Report of the Indian Hemp Drugs Commission, 1894-1895 - Volume VI
Year: 1894
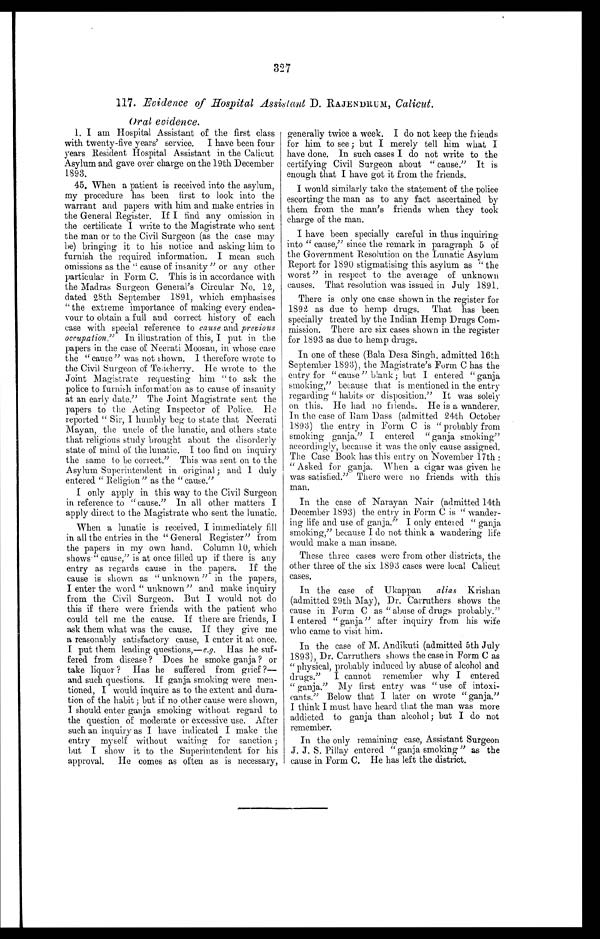
327
117. Evidence of Hospital Assistant D. RAJENDRUM, Calicut.
Oral evidence.
1. I am Hospital Assistant of the first class
with twenty-five years' service. I have been four
years Resident Hospital Assistant in the Calicut
Asylum and gave over charge on the 19th December
1893.
45. When a patient is received into the asylum,
my procedure has been first to look into the
warrant and. papers with him and. make entries in
the General Register. If I find any omission in
the certificate I write to the Magistrate who sent
the man or to the Civil Surgeon (as the case may
be) bringing it to his notice and asking him to
furnish the required information. I mean such
omissions as the "cause of insanity" or any other
particular in Form C. This is in accordance with
the Madras Surgeon General's Circular No. 12,
dated. 28th September 1891, which emphasises
" the extreme importance of making every endea-
vour to obtain a full and correct history of each
case with special reference to cause and previous
occupation." In illustration of this, I put in the
papers in the case of Neerati Moosan, in whose case
the "cause" was not shown. I therefore wrote to
the Civil Surgeon of Tedcherry. He wrote to the
Joint Magistrate requesting him "to ask the
police to furnish information as to cause of insanity
at an early date."The Joint Magistrate sent the
papers to the Acting Inspector of Police. He
reported. "Sir, I humbly beg to state that Neerati
Mayan, the uncle of the lunatic, and others state
that religious study brought about the disorderly
state of mind of the lunatic. I too find on inquiry
the same to be correct." This was sent on to the
Asylum Superintendent in original ; and 1 duly
entered "Religion" as the "cause."
I only apply in this way to the Civil Surgeon
in reference to "cause." In all other matters I
apply direct to the Magistrate who sent the lunatic.
When a lunatic is received, I immediately fill
in all the entries in the "General Register" from
the papers in my own hand. Column 10, which
shows "cause," is at once filled up if there is any
entry as regards cause in the papers. If the
cause is shown as "unknown" in the papers,
I enter the word "unknown" and make inquiry
from the Civil Surgeon. But I would not do
this if there were friends with the patient who
could tell me the cause. If there are friends, I
ask them what was the cause. If they give me
a reasonably satisfactory cause, I enter it at once.
I put them leading questions,— e.g. Has he suf-
fered. from disease? Does he smoke ganja? or
take liquor? Has he suffered from grief ?—-
and such questions. If ganja smoking were men-
tioned, I would inquire as to the extent and dura
-tion of the habit; but if no other cause were shown,
I should enter ganja smoking without regard to
the question of moderate or excessive use. After
such an inquiry as I have indicated I make the
entry myself without waiting for sanction;
but I show it to the Superintendent for his
approval,
He comes as often as is necessary,
generally twice a week. I do not keep the friends
for him to see; but I merely tell him what
have done. In such cases I do not write to the
certifying Civil Surgeon about "cause." It is
enough that I have got it from the friends.
I would similarly take the statement of the police
escorting the man as to any fact ascertained by
them from the man's friends when they took
charge of the man.
I have been specially careful in thus inquiring
into "cause," since the remark in paragraph 5 of
the Government Resolution on the Lunatic Asylum
Report for 1890 stigmatising this asylum as "the
worst" in respect to the average of unknown
causes. That resolution was issued in July 1891.
There is only one case shown in the register for
1892 as due to hemp drugs. That has been
specially treated by the Indian Hemp Drugs Com
- m i s s i o n . T h e r e a r e s i x c a s e s s h o w n i n t h e r e g i s t e r
for 1893 as due to hemp drugs.
In one of these (Bala Desa Singh, admitted 16th
September 1893), the Magistrate's Form C has the
entry for "cause " blank; but I entered "ganja
smoking," because that is mentioned in the entry
regarding "habits or disposition." It was solely
on this. He had no friends. He is a wanderer.
In the case of Ram Dass (admitted 24th October
1893) the entry in Form C is "probably from
smoking ganja." I entered "ganja smoking"
accordingly, because it was the only cause assigned.
The Case Book has this entry on November 17th:
"Asked for ganja. When a cigar was given he
was satisfied." There were no friends with this
man,
In the case of Narayan Nair (admitted 14th
December 1893) the entry in Form C is "wander
-ing life and use of ganja." I only entered "ganja
smoking," because I do not think a wandering life
would make a man insane.
These three cases were from other districts, the
other three of the six 1893 cases were local Calicut
cases.
In the case of Ukappan alias Kristian
(admitted 29th May), Dr. Carruthers shows the
cause in Form C as "abuse of drugs probably."
I entered "ganja" after inquiry from his wife
who came to visit him.
In the case of M. Andikuti (admitted 5th July
1893), Dr. Carruthers shows the case in Form C as
"physical, probably induced by abuse of alcohol and
drugs." I cannot remember why I entered.
"ganja." My first entry was "use of intox
i-cants." Below that I later on wrote "ganja."
I think I must have heard that the man was more
addicted to ganja than alcohol; but I do not
remember.
In the only remaining case, Assistant Surgeon
J. J. S. Pillay entered "ganja smoking" as the
cause in Form C. He has left the district.